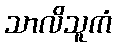
သာလိသူကံ